Vaccination in Burma 1912-1922 - 1912-1922
Year: 1912
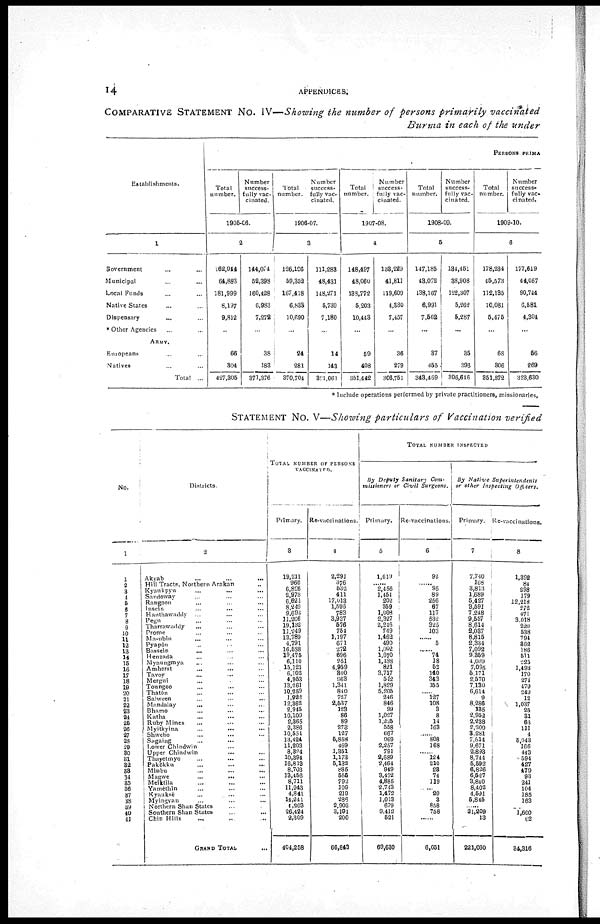
14
APPENDICES.
COMPARATIVE STATEMENT No. IV—Showing the number of persons primarily vaccinated
Burma in each of the under
Establishments.
1
Government ... ...
Municipal ... ...
Local Funds ... ...
Native States ... ...
Dispensary ... ...
Other Agencies ... ...
ARMY.
Europeans ... ...
Natives ... ...
Total ...
PERSONS PRIMA
Total
number.
Number
success-
fully vac-
cinated.
1905-06.
2
162,044
64,883
181,999
8,197
9,812
...
66
304
427,305
144,074
52,398
160,428
6,983
7,272
...
38
183
371,376
Total
number.
Number
success-
fully vac
ciliated.
1906-07.
3
126,106
59,352
167,418
6,833
10,690
...
24
281
370,701
111,283
48,431
148,271
5,739
7,180
...
14
143
301,061
Total
number.
Number
success-
fully vac-
cinated.
1907-08.
4
148,497
48,060
138,772
5,203
10,443
...
59
408
351,442
138,229
41,811
119,609
4,330
7,457
...
36
279
306,751
Total
number.
Number
success-
fully vac-
cinated.
1908-09.
5
147,185
43,072
138,167
6,991
7,562
...
37
465
343,469
134,451
38,908
122,307
5,262
5,287
...
35
396
306,646
Total
number.
Number
success-
fully vac-
cinated.
1909-10.
6
178,234
45,573
112,135
10,081
5,475
...
68
306
351,872
177,619
44,057
90,744
6,581
4,304
...
56
269
323,630
* Include operations performed by private practitioners, missionaries,
STATEMENT No. V—Showing particulars of Vaccination verified
No.
1
1
2
3
4
5
6
7
8
9
10
11
12
13
14
15
16
17
18
19
20
21
22
23
24
25
26
27
28
29
30
31
32
33
34
35
36
37
38
39 40
41
Districts
2
Akyab
...
...
...
Hill Tracts, Northern Arakan ...
Kyankpyu ... ... ...
Sandoway ... ... ...
Rangoon* ... ... ...
Incein ... ... ...
Hanthawaddy ... ... ...
Pegu ... ... ...
Tharrawaddy ... ... ...
Prome ... ... ...
Ma-ubin
...
...
...
Pyapôn ... ... ...
Bassein
...
...
...
Henzada ... ... ...
Myaungmya ... ... ...
Amherst ... ... ...
Tavoy ... ... ...
Mergui ... ... ...
Toungoo ... ... ...
Thatôn ... ... ...
Salween ... ... ...
Mandalay ... ... ...
Bhamo ... ... ...
Katha ... ... ...
Ruby Mines ... ... ...
Myitkyina
...
...
...
Shwebo ... ... ...
Sagaing ... ... ...
Lower Chindwin ... ... ...
Upper Chindwin ... ... ...
Thayetmyo ... ... ...
Pakôkku ... ... ...
Minbu
...
...
...
Magwe
...
...
...
Melktila ... ... ...
Yamèthin ... ... ...
Kyauksè ... ... ...
Myingyan ... ... ...
Northern Shan States ... ...
Southern Shan States ... ...
Chin Hills ... ... ...
GRAND TOTAL ...
TOTAL NUMBER OF PERSONS
VACCINATED.
Primary.
3
19,211
966
6,826
2,973
6,621
8,249
9,693
11,266
19,132
11,249
13,789
4,791
16,588
19,475
6,110
15,121
6,102
4,953
13,261
10,259
1,922
12,362
2,945
10,100
2,365
2,386
10,551
13,424
11,203
8,824
10,394
16,813
8,703
13,456
8,711
11,943
4,841
14,241
4,203
26,424
2,809
404,258
Re-vaccinations.
4
2,291
376
532
411
17,013
1,593
783
3,937
576
754
1,197
671
272
696
251
4,959
800
963
1,341
840
727
2,537
123
86
89
273
127
5,858
469
1,351
1,173
5,132
885
555
792
109
219
286
2,902
3,191
200
66,843
TOTAL NUMBER INSPECTED
By Deputy Sanitary Com-
missioners or Civil
Surgeons.
Primary.
5
1,619
...... 2,456
1,454
202
359
1,008
2,327
2,216
749
1,462
490
1,002
1,670
1,488
821
3,717
512
1,829
5,205
246
846
99
1,027
1,225
558
667
969
2,257
791
2,689
2,464
949
3,472
4,885
2,743
1,472
1,013
679
9,412
521
69,630
Re-vaccinations.
6
92
......
95
89
256
67
117
532
325
103
......
5
......
74
18
52
140
343
155
...... 127
108
3
8
14
163
......
808
168
...... 124
210
23
74
119
... 20
3
858
758
......
6,051
By Native
Superintendents
or other Inspecting
Officers.
Primary.
7
7,740
168
3,813
1,689
5,427
3,591
7,248
9,557
8,614
2,037
8,815
2,334
7,092
9,859
4,089
7,095
5,171
2,570
7,130
6,614
9
8,286
135
2,952
2,238
2,209
3,281
7,614
9,671
2,893
8,744
5,592
6,826
6,527
3,840
8,402
4,591
5,845
.....
21,209
13
221,030
Re-vaccinations.
8
1,392
84
298
179
12,218
272
471
3,018
220
538
794
362
186
511
225
1,493
170
274
479
249
12
1,037
25
31
63
111
4
5,043
166
443
594
427
479
93
241
104
185
163
...... 1,600
62
34,316